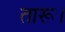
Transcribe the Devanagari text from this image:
तारू।